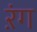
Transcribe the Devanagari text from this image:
ऱंग